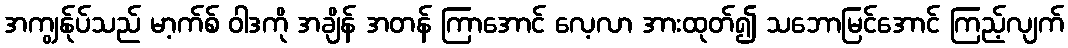
အကျွန်ုပ်သည် မာ့က်စ် ဝါဒကို အချိန် အတန် ကြာအောင် လေ့လာ အားထုတ်၍ သဘောမြင်အောင် ကြည့်လျက်